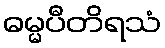
ဓမ္မပီတိရသံ